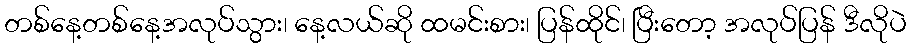
တစ်နေ့တစ်နေ့အလုပ်သွား၊ နေ့လယ်ဆို ထမင်းစား၊ ပြန်ထိုင်၊ ပြီးတော့ အလုပ်ပြန် ဒီလိုပဲ